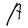
Character: A